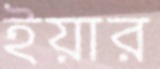
ইয়ার